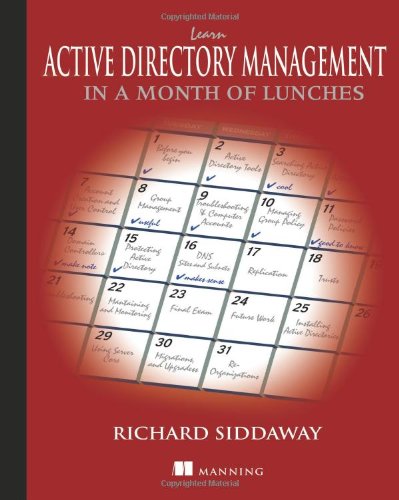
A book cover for Learn Active Directory Management in a Month of Lunches; Richard Siddaway; Computers & Technology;